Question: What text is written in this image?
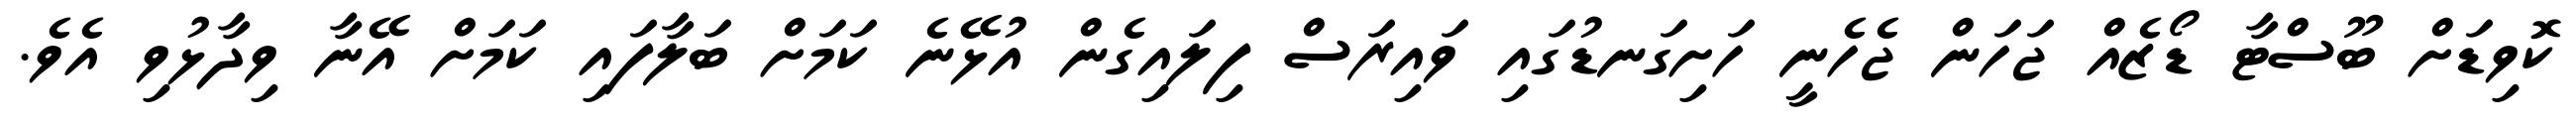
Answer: ކޮވިޑަށް ބޫސްޓާ ޑޯޒެއް ޖަހަން ޖެހެނީ ހަށިގަނޑުގައި ވައިރަސް ފިލައިގެން އުޅޭނެ ކަމަށް ބަލާފައި ކަމަށް އޭނާ ވިދާޅުވި އެވެ.